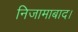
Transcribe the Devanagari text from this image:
निजामाबाद।